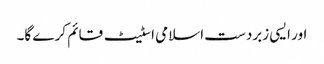
اور ایسی زبردست اسلامی اسٹیٹ قائم کر ے گا۔